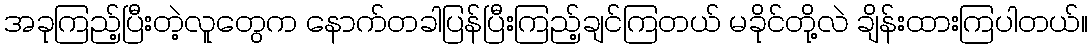
အခုကြည့်ပြီးတဲ့လူတွေက နောက်တခါပြန်ပြီးကြည့်ချင်ကြတယ် မခိုင်တို့လဲ ချိန်းထားကြပါတယ်။